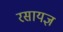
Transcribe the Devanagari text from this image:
रसायज्ञ